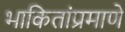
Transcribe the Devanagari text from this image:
भाकितांप्रमाणे